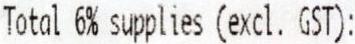
TOTAL 6% SUPPLIES (EXCL. GST):